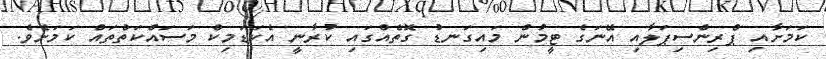
ކަމަށާއި ޕްރިންސިޕަލާއި އޭނަގެ ޓީމުން މައިގަނޑު ގޮތެއްގައި ކުރާނީ އެކަޑަމިކް މަސައްކަތްތައް ކަމަށެވެ.